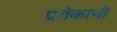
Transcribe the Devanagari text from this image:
प्रतेकानी